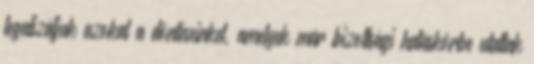
legalizáljuk azokat a döntéseinket, amelyek már bizottsági hatáskörbe utaltak